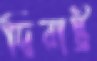
দ্বিরাষ্ট্র